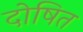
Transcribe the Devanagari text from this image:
दोषित